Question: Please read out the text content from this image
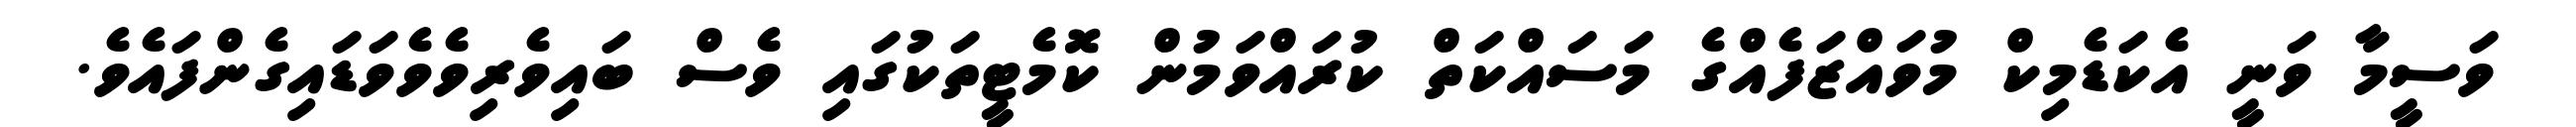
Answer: ވަސީމާ ވަނީ އެކަޑެމިކް މުވައްޒަފެއްގެ މަސައްކަތް ކުރައްވަމުން ކޮމެޓީތަކުގައި ވެސް ބައިވެރިވެވެވަޑައިގެންފައެވެ.